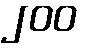
၂၀၀